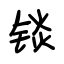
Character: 锬